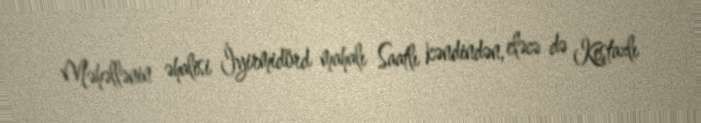
Məhəllənin əhalisi İyirmidörd mahalı Saatlı kəndindən, eləcə də Keştazlı